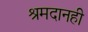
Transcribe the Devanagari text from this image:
श्रमदानही